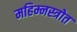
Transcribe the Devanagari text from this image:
महिम्नस्त्रोत